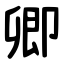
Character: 卿